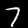
Label: 7